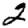
Digit: 2